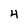
Character: 4